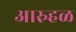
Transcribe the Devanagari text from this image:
आरुहळ